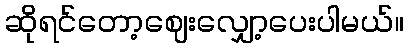
ဆိုရင်တော့ဈေးလျှော့ပေးပါမယ်။